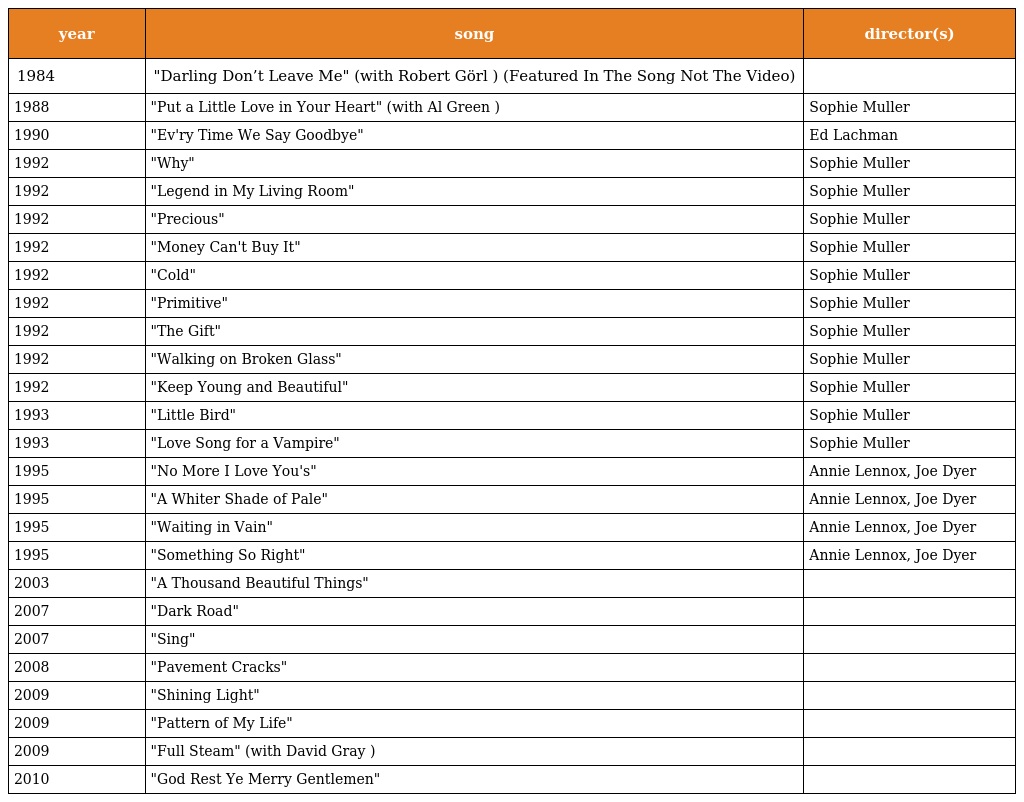
| year | song | director(s) |
 | --- | --- | --- |
 | 1984 | "Darling Don’t Leave Me" (with Robert Görl ) (Featured In The Song Not The Video) |  |
 | 1988 | "Put a Little Love in Your Heart" (with Al Green ) | Sophie Muller |
 | 1990 | "Ev'ry Time We Say Goodbye" | Ed Lachman |
 | 1992 | "Why" | Sophie Muller |
 | 1992 | "Legend in My Living Room" | Sophie Muller |
 | 1992 | "Precious" | Sophie Muller |
 | 1992 | "Money Can't Buy It" | Sophie Muller |
 | 1992 | "Cold" | Sophie Muller |
 | 1992 | "Primitive" | Sophie Muller |
 | 1992 | "The Gift" | Sophie Muller |
 | 1992 | "Walking on Broken Glass" | Sophie Muller |
 | 1992 | "Keep Young and Beautiful" | Sophie Muller |
 | 1993 | "Little Bird" | Sophie Muller |
 | 1993 | "Love Song for a Vampire" | Sophie Muller |
 | 1995 | "No More I Love You's" | Annie Lennox, Joe Dyer |
 | 1995 | "A Whiter Shade of Pale" | Annie Lennox, Joe Dyer |
 | 1995 | "Waiting in Vain" | Annie Lennox, Joe Dyer |
 | 1995 | "Something So Right" | Annie Lennox, Joe Dyer |
 | 2003 | "A Thousand Beautiful Things" |  |
 | 2007 | "Dark Road" |  |
 | 2007 | "Sing" |  |
 | 2008 | "Pavement Cracks" |  |
 | 2009 | "Shining Light" |  |
 | 2009 | "Pattern of My Life" |  |
 | 2009 | "Full Steam" (with David Gray ) |  |
 | 2010 | "God Rest Ye Merry Gentlemen" |  |